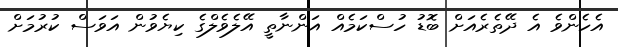
އެހެންވެ އެ ދޭތެރެއަށް ބޮޑު ހުސްކަމެއް އަންނާތީ އޭލެވެލްގެ ކިޔެވުން އަވަސް ކުރުމަށް